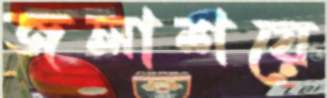
জলাশয়ে